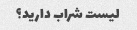
لیست شراب دارید؟